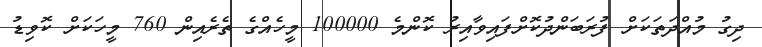
ދިގު މުއްދަތަކަށް ފުރަބަންދުކޮށްފައިވާއިރު ކޮންމެ 100000 މީހެއްގެ ތެރެއިން 760 މީހަކަށް ކޮވިޑު